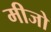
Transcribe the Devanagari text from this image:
मीजो